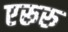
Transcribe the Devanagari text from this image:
एरूरु